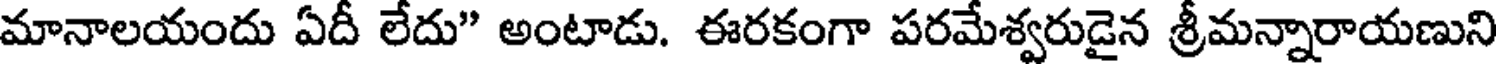
మానాలయందు ఏదీ లేదు" అంటాడు. ఈరకంగా పరమేశ్వరుడైన శ్రీమన్నారాయణుని